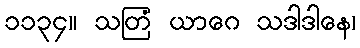
၁၁၃၄။ သတြံ ယာဂေ သဒါဒါနေ၊